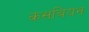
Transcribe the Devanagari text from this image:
कसबियन